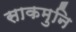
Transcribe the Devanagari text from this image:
साकमुनि